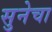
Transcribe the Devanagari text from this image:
सुनेचा